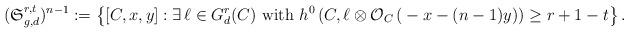
LaTeX: \begin{align*}({\mathfrak{S}}^{r,t}_{g,d})^{n-1} := \left\{[C,x,y] : \exists \,\ell \in G^r_{d}(C) \,\,\mbox{with}\,\, h^0\left( C,\ell\otimes\mathcal{O}_C\left( {}-x-(n-1)y \right) \right) \geq r+1-t \right\}.\end{align*}